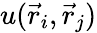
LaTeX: u(\vec{r}_{i},\vec{r}_{j})